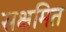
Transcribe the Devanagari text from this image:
सक्षमित